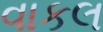
વાકલ